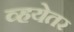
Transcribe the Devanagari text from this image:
व्हयेतर